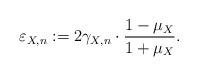
LaTeX: \begin{align*} \varepsilon_{X,n} := 2 \gamma_{X,n} \cdot \frac{1-\mu_X}{1+\mu_X}.\end{align*}